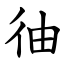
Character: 㣙